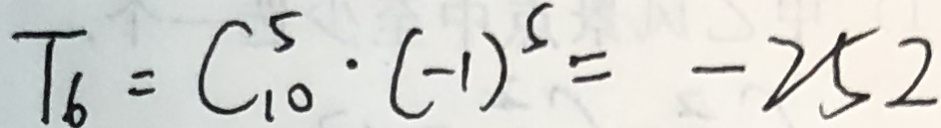
T _ { 6 } = C ^ { 5 } _ { 1 0 } \cdot ( - 1 ) ^ { 5 } = - 2 5 2